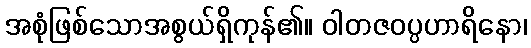
အစုံဖြစ်သောအစွယ်ရှိကုန်၏။ ဝါတဇဝပ္ပဟာရိနော၊